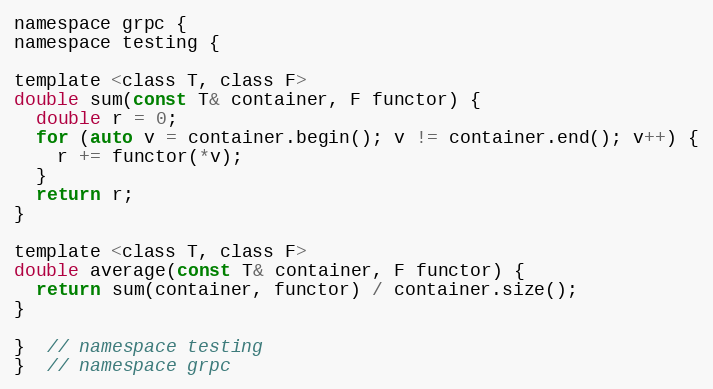
Language: C
namespace grpc {
namespace testing {

template <class T, class F>
double sum(const T& container, F functor) {
  double r = 0;
  for (auto v = container.begin(); v != container.end(); v++) {
    r += functor(*v);
  }
  return r;
}

template <class T, class F>
double average(const T& container, F functor) {
  return sum(container, functor) / container.size();
}

}  // namespace testing
}  // namespace grpc